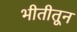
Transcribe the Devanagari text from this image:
भीतीतून